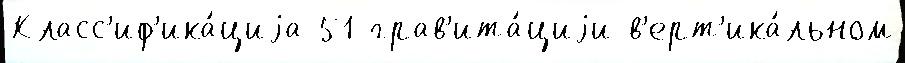
Класс'иф'ика́циjа 51 грав'ита́циjи в'ерт'ика́льном